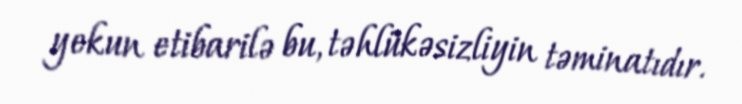
yekun etibarilə bu, təhlükəsizliyin təminatıdır.